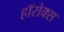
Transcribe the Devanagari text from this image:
हॉरोक्स